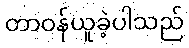
တာဝန်ယူခဲ့ပါသည်